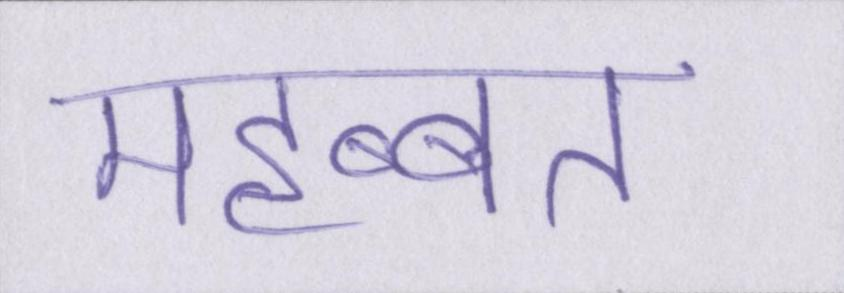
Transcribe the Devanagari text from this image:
महब्बत